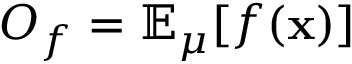
O _ { f } = \mathbb { E } _ { \mu } [ f ( \mathbf { x } ) ]